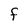
Character: F